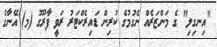
"އިނގިލި" ގެ މަންޒަރެއް ނެގުމުގެ ކުރިން ޑައިރެކްޓަރު ރަވީ ފާރޫގު (މ) އޭނާގެ